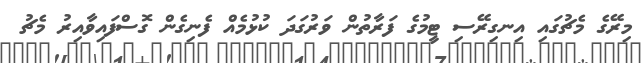
މިރޭގެ މެޗުގައި އިނގިރޭސި ޓީމުގެ ފަރާތުން ވަރުގަދަ ކުޅުމެއް ފެނިގެން ގޮސްފައިވާއިރު މެޗު